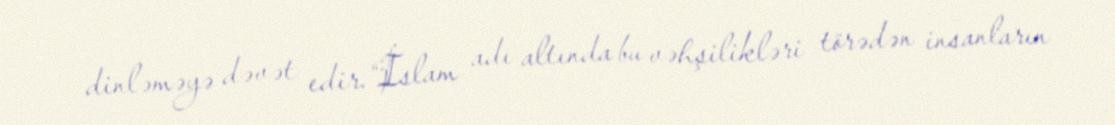
dinləməyə dəvət edir.“İslam adı altında bu vəhşilikləri törədən insanların